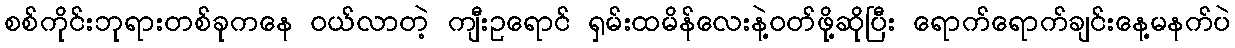
စစ်ကိုင်းဘုရားတစ်ခုကနေ ၀ယ်လာတဲ့ ကျီးဥရောင် ရှမ်းထမိန်လေးနဲ့၀တ်ဖို့ဆိုပြီး ရောက်ရောက်ချင်းနေ့မနက်ပဲ